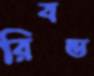
রিবন্ড